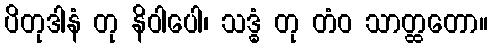
ပိတုဒါနံ တု နိဝါပေါ၊ သဒ္ဓံ တု တံဝ သာတ္ထတော။